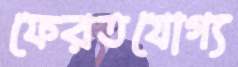
ফেরতযোগ্য